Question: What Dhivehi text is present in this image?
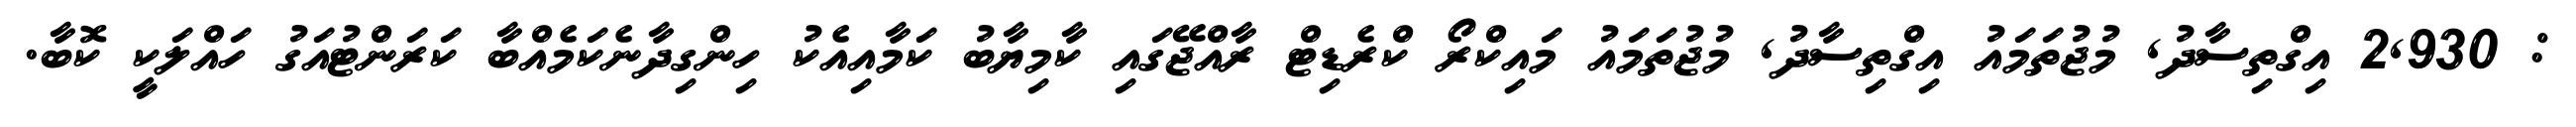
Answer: : 2,930 އިގްތިސާދު, މުޖުތަމައު އިގްތިސާދު, މުޖުތަމައު މައިކްރޯ ކްރެޑިޓް ރާއްޖޭގައި ކާމިޔާބު ކަމާއިއެކު ހިންގިދާނެކަމެއްބާ ކަރަންޓުއަގު ހައްލަކީ ކޮބާ.